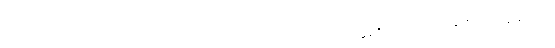
အာသဝေါတရားတို့သည်လည်း။ ပရိက္ခယံ၊ ကုန်ခြင်းသို့။ ဂစ္ဆန္တိ၊ ရောက်ကုန်၏။ အနနုပ္ပတ္တံ၊